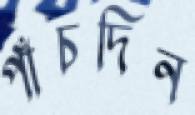
পাঁচদিন